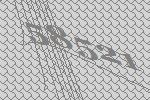
58521